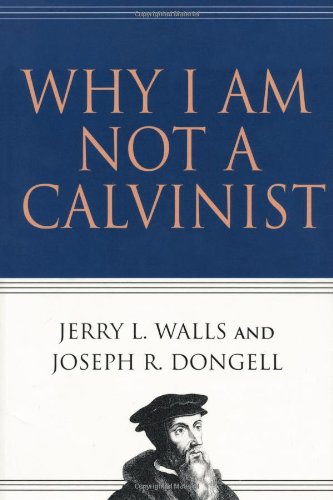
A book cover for Why I Am Not a Calvinist; Jerry L. Walls; Christian Books & Bibles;